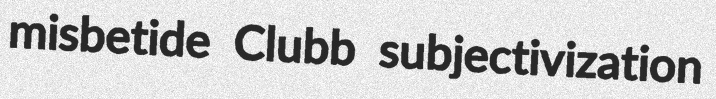
misbetide Clubb subjectivization